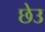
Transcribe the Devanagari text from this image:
छेउ